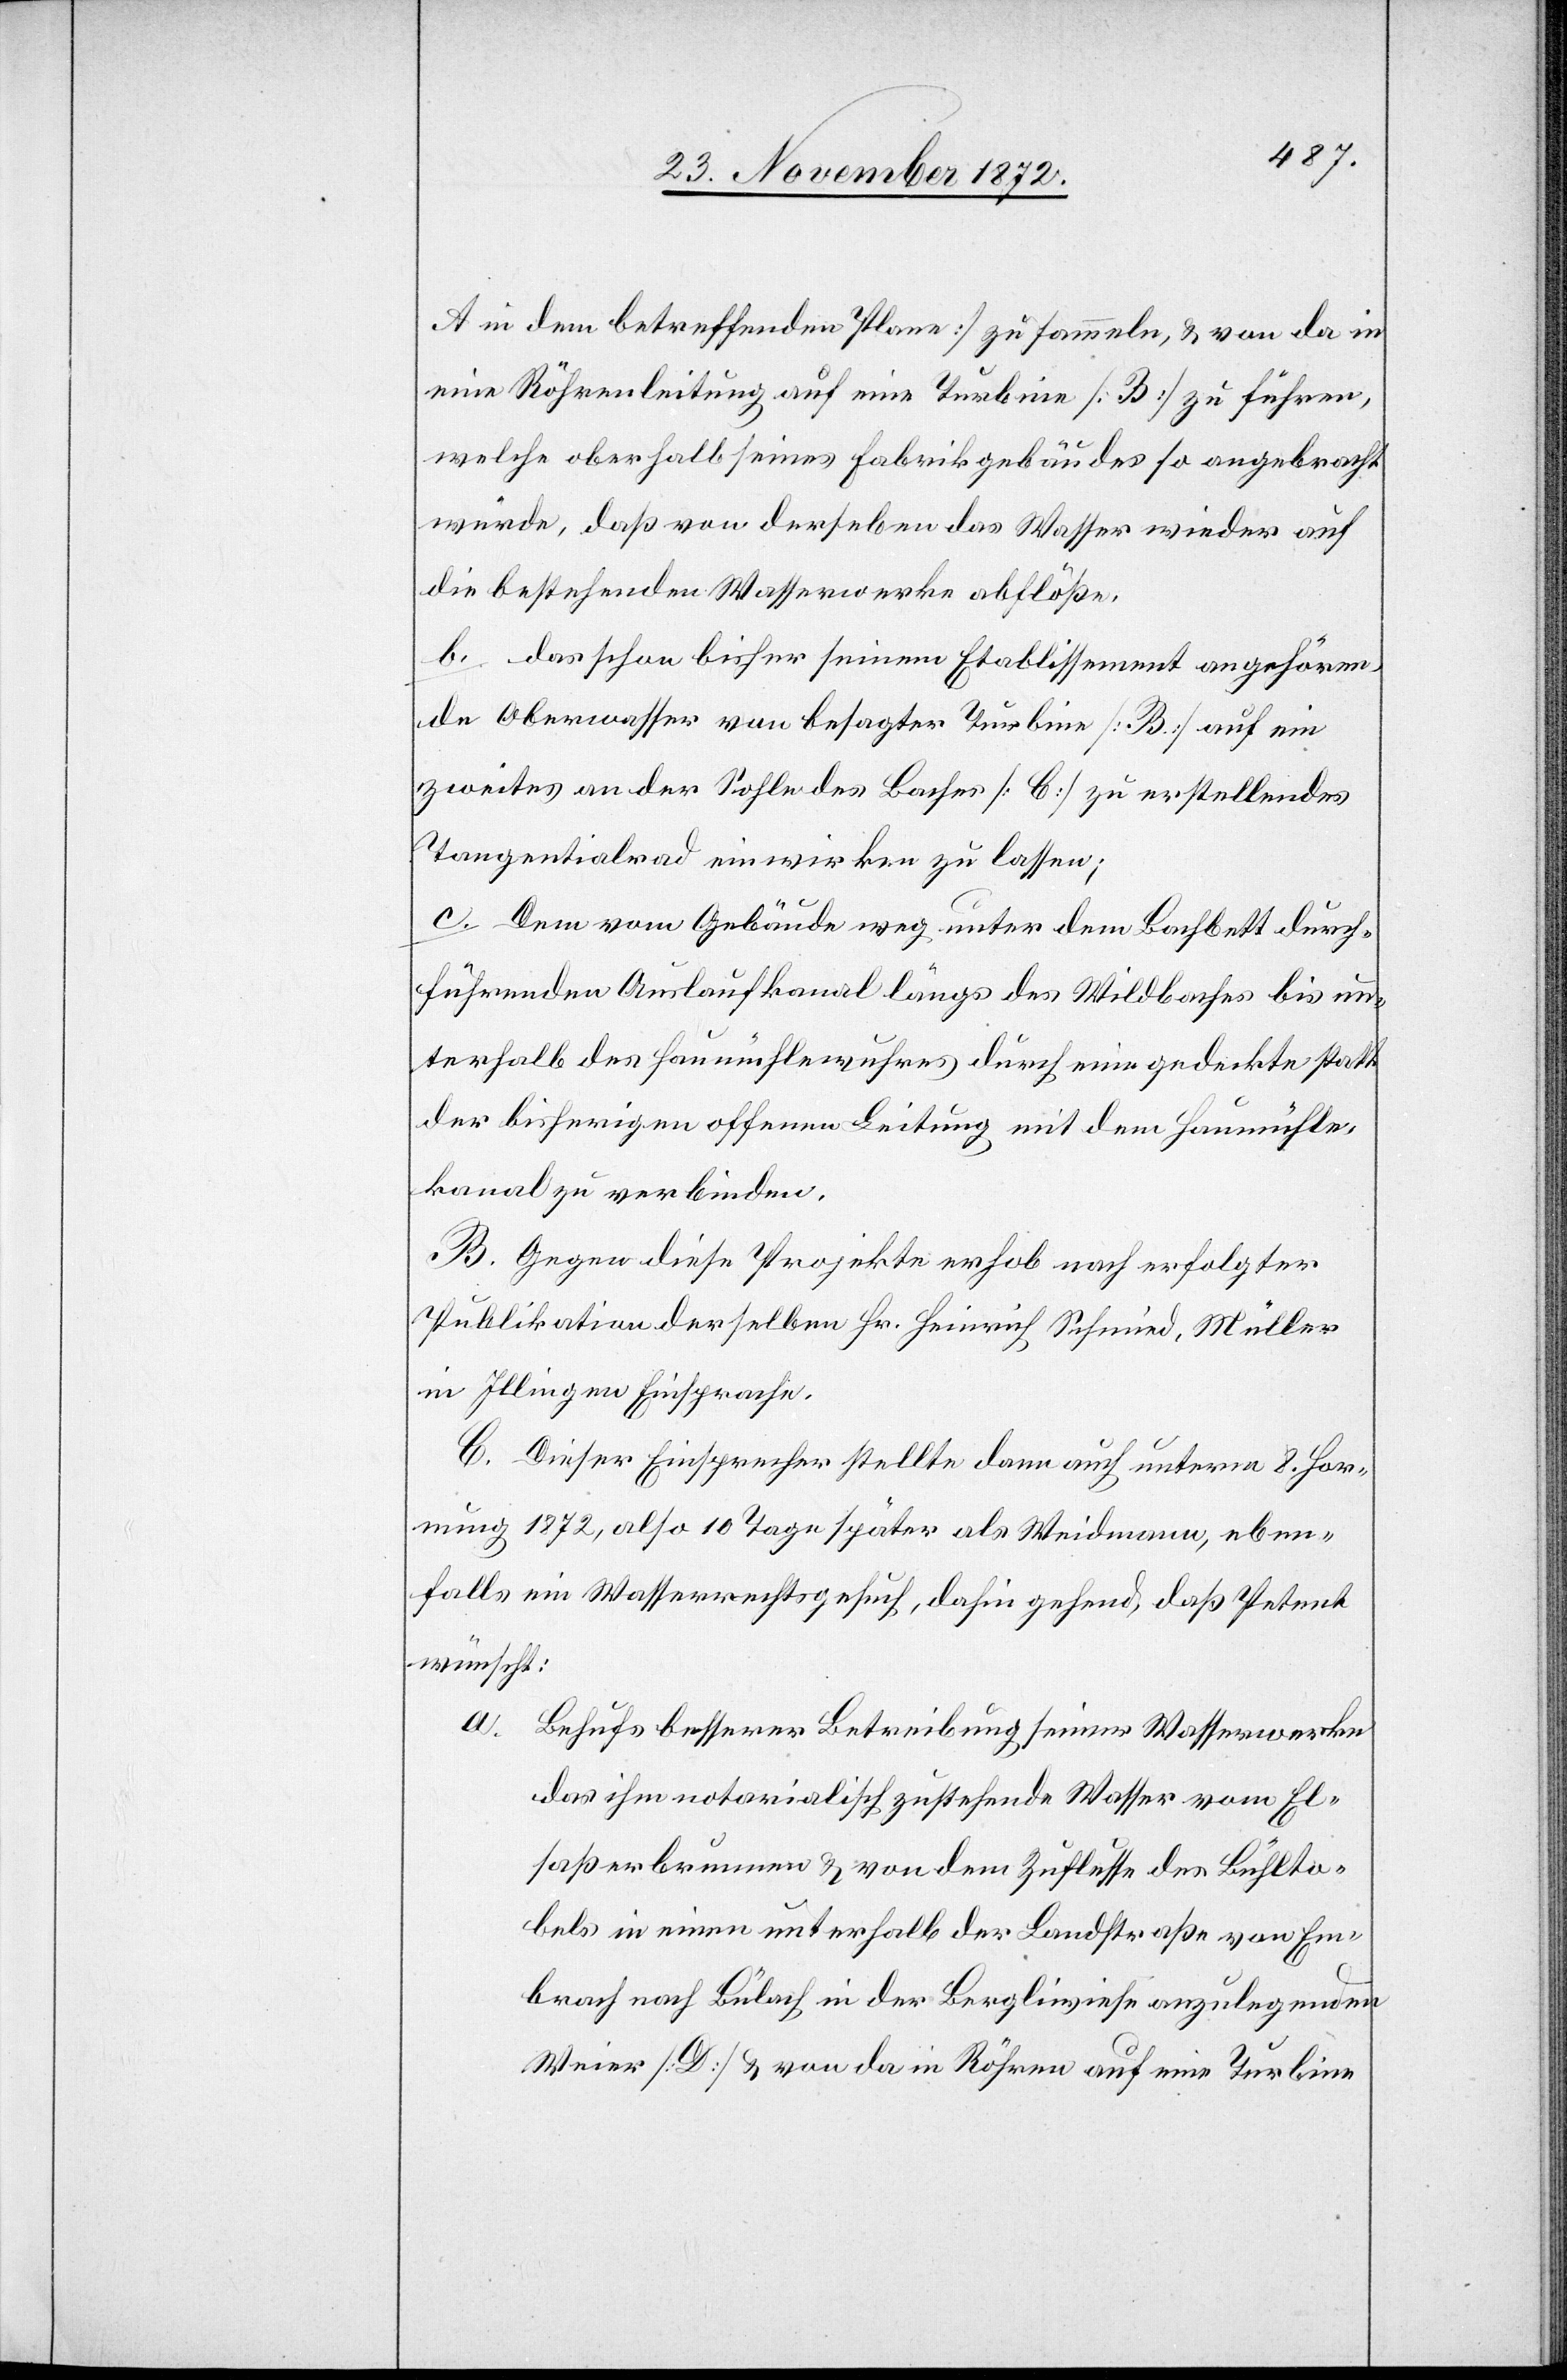
A in dem betreffenden Plane] zu sammeln, u. von da in
eine Röhrenleitung auf eine Turbine [B] zu führen,
welche oberhalb seines Fabrikgebäudes so angebracht
würde, daß von derselben das Wasser wieder auf
die bestehenden Wasserwerke abflöße.
b. das schon bisher seinem Etablissement angehören¬
de Oberwasser von besagter Turbine [B] auf ein
zweites an der Sohle des Baches [C] zu erstellendes
Tangentialrad einwirken zu lassen;
c. Dem vom Gebäude weg unter dem Bachbett durch¬
führenden Auslaufkanal längs des Wildbaches bis un¬
terhalb des Haumühlewuhres durch eine gedeckte statt
der bisherigen offenen Leitung mit dem Haumühle¬
kanal zu verbinden.
B. Gegen diese Projekte erhob nach erfolgter
Publikation derselben Hr. Heinrich Schmied, Müller
in Illingen Einsprache.
C. Dieser Einsprecher stellte dann auch unterm 8. Hor¬
nung 1872, also 10 Tage später als Weidmann, eben¬
falls ein Wasserrechtsgesuch, dahin gehend, daß Petent
wünscht:
a. Behufs besserer Betreibung seiner Wasserwerke
das ihm notarialisch zustehende Wasser vom El¬
saßerbrunnen u. von dem Zuflusse des Bühlto¬
bels in einen unterhalb der Landstraße von Em¬
brach nach Bülach in der Bergliwiese anzulegenden
Weier [D] u. von da in Röhren auf eine Turbine